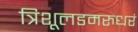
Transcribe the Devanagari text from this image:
त्रिशूलडमरुधरं